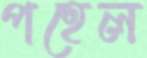
পহেল